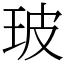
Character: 玻